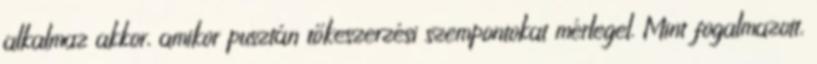
alkalmaz akkor, amikor pusztán tőkeszerzési szempontokat mérlegel. Mint fogalmazott,